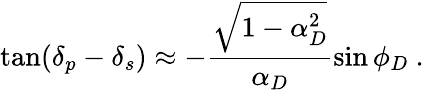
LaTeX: \tan(\delta_{p}-\delta_{s})\approx-\frac{\sqrt{1-\alpha_{D}^{2}}}{\alpha_{D}}\sin\phi_{D}\ .